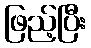
ဖြည့်ပြီး